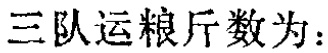
三队运粮斤数为：